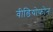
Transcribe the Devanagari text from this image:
वीडियोफोन